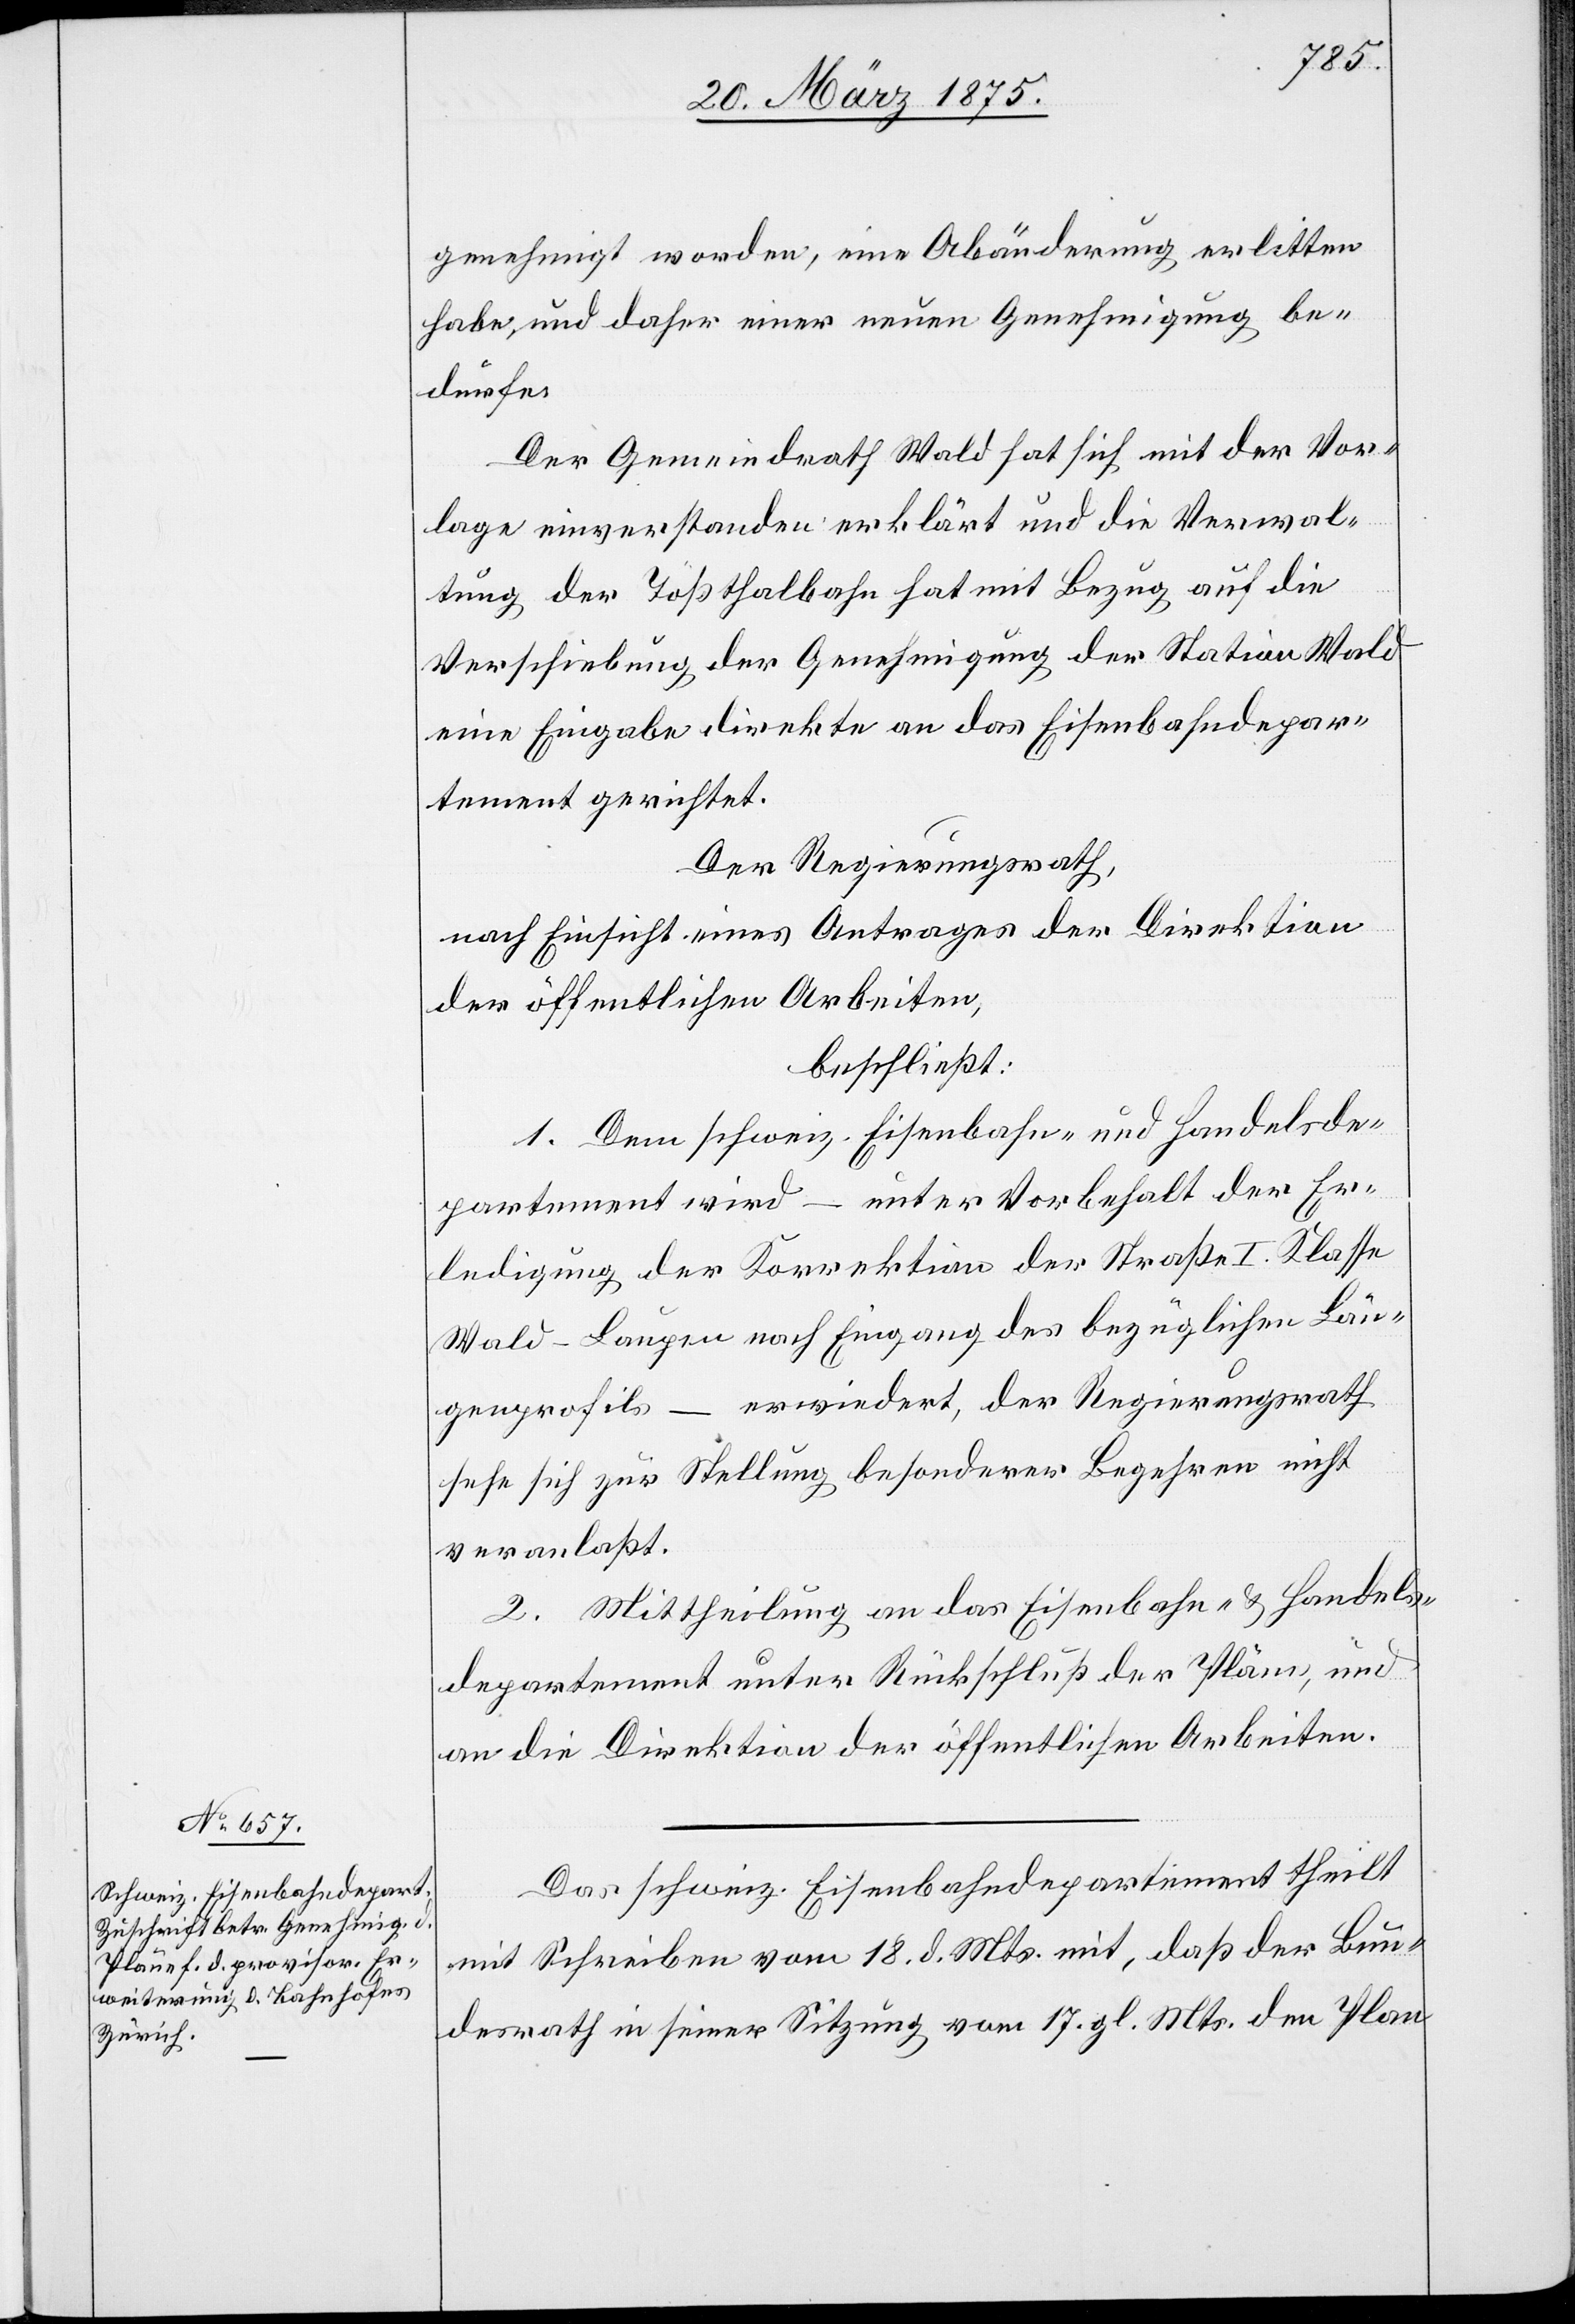
genehmigt worden, eine Abänderung erlitten
habe, und daher einer neuen Genehmigung be¬
dürfe.
Der Gemeindrath Wald hat sich mit der Vor¬
lage einverstanden erklärt und die Verwal¬
tung der Tößthalbahn hat mit Bezug auf die
Verschiebung der Genehmigung der Station Wald
eine Eingabe direkte an das Eisenbahndepar¬
tement gerichtet.
Der Regierungsrath,
nach Einsicht eines Antrages der Direktion
der öffentlichen Arbeiten,
beschließt:
1. Dem schweiz. Eisenbahn- und Handelsde¬
partement wird – unter Vorbehalt der Er¬
ledigung der Korrektion der Straße I. Klasse
Wald–Laupen nach Eingang des bezüglichen Län¬
genprofils – erwiedert, der Regierungsrath
sehe sich zur Stellung besonderer Begehren nicht
veranlaßt.
2. Mittheilung an das Eisenbahn- und Handels¬
departement unter Rückschluß der Pläne, und
an die Direktion der öffentlichen Arbeiten.
Das schweiz. Eisenbahndepartement theilt
mit Schreiben vom 18. d. Mts mit, daß der Bun¬
desrath in seiner Sitzung vom 17. gl. Mts. den Plan